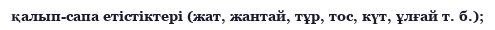
қалып-сапа етістіктері (жат, жантай, тұр, тос, күт, ұлғай т. б.);